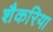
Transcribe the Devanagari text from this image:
शैकरिया